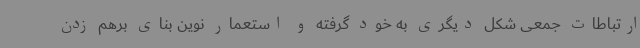
ارتباطات جمعی شکل دیگری به خود گرفته و استعمار نوین بنای برهم زدن